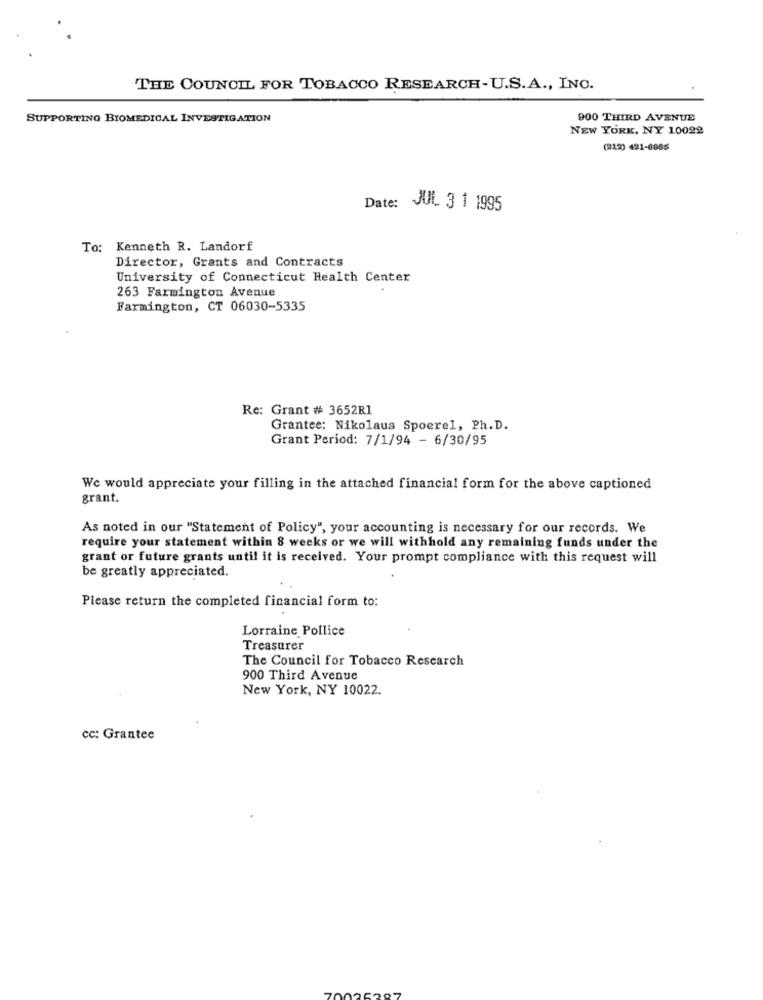
THE COUNCIL FOR TOBACCO RESEARCH-U.S.A ., INC.
SUPPORTING BIOMEDICAL INVESTIGATION
900 THIRD AVENUE
NEW YORK, NY 10022
(212) 491-6865
Date: JUL 3 1 1995
To: Kenneth R. Landorf
Director, Grants and Contracts
University of Connecticut Health Center
263 Farmington Avenue
Farmington, CT 06030-5335
Re: Grant # 3652R1
Grantee: Nikolaus Spoerel, Ph. D.
Grant Period: 7/1/94 - 6/30/95
We would appreciate your filling in the attached financial form for the above captioned
grant.
As noted in our "Statement of Policy", your accounting is necessary for our records. We
require your statement within 8 weeks or we will withhold any remaining funds under the
grant or future grants until it is received. Your prompt compliance with this request will
be greatly appreciated.
Please return the completed financial form to:
Lorraine Pollice
Treasurer
The Council for Tobacco Research
900 Third Avenue
New York, NY 10022.
cc: Grantee